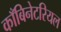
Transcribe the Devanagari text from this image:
काँबिनेटरियल